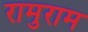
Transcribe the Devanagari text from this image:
रामुराम